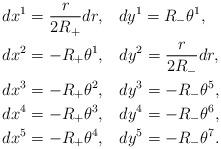
LaTeX: \begin{align*}& dx^{1}=\frac{r}{2R_{+}}dr,\;\;\; dy^{1}=R_{-}\theta^{1},\\& dx^{2}=-R_{+}\theta^{1},\;\;\; dy^{2}=\frac{r}{2R_{-}}dr,\\& dx^{3}=-R_{+}\theta^{2},\;\;\; dy^{3}=-R_{-}\theta^{5},\\& dx^{4}=-R_{+}\theta^{3},\;\;\; dy^{4}=-R_{-}\theta^{6},\\& dx^{5}=-R_{+}\theta^{4},\;\;\; dy^{5}=-R_{-}\theta^{7}.\end{align*}